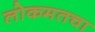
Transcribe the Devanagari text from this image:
लोकमतचा